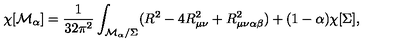
\chi [ { \cal M } _ { \alpha } ] = { \frac { 1 } { 3 2 \pi ^ { 2 } } } \int _ { { \cal M } _ { \alpha } / \Sigma } ( R ^ { 2 } - 4 R _ { \mu \nu } ^ { 2 } + R _ { \mu \nu \alpha \beta } ^ { 2 } ) + ( 1 - \alpha ) \chi [ \Sigma ] ,